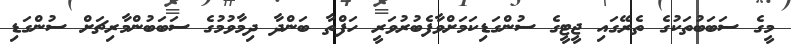
މީގެ ސަބަބުތަކުގެ ތެރޭގައި ޖީޓީގެ ސުންގަޑިކަމަށްވާފެބުރުވަރީ ހަފްތާ ބަންދާ ދިމާވުމުގެ ސަބަބުންމާރިޗަށް ސުންގަޑި